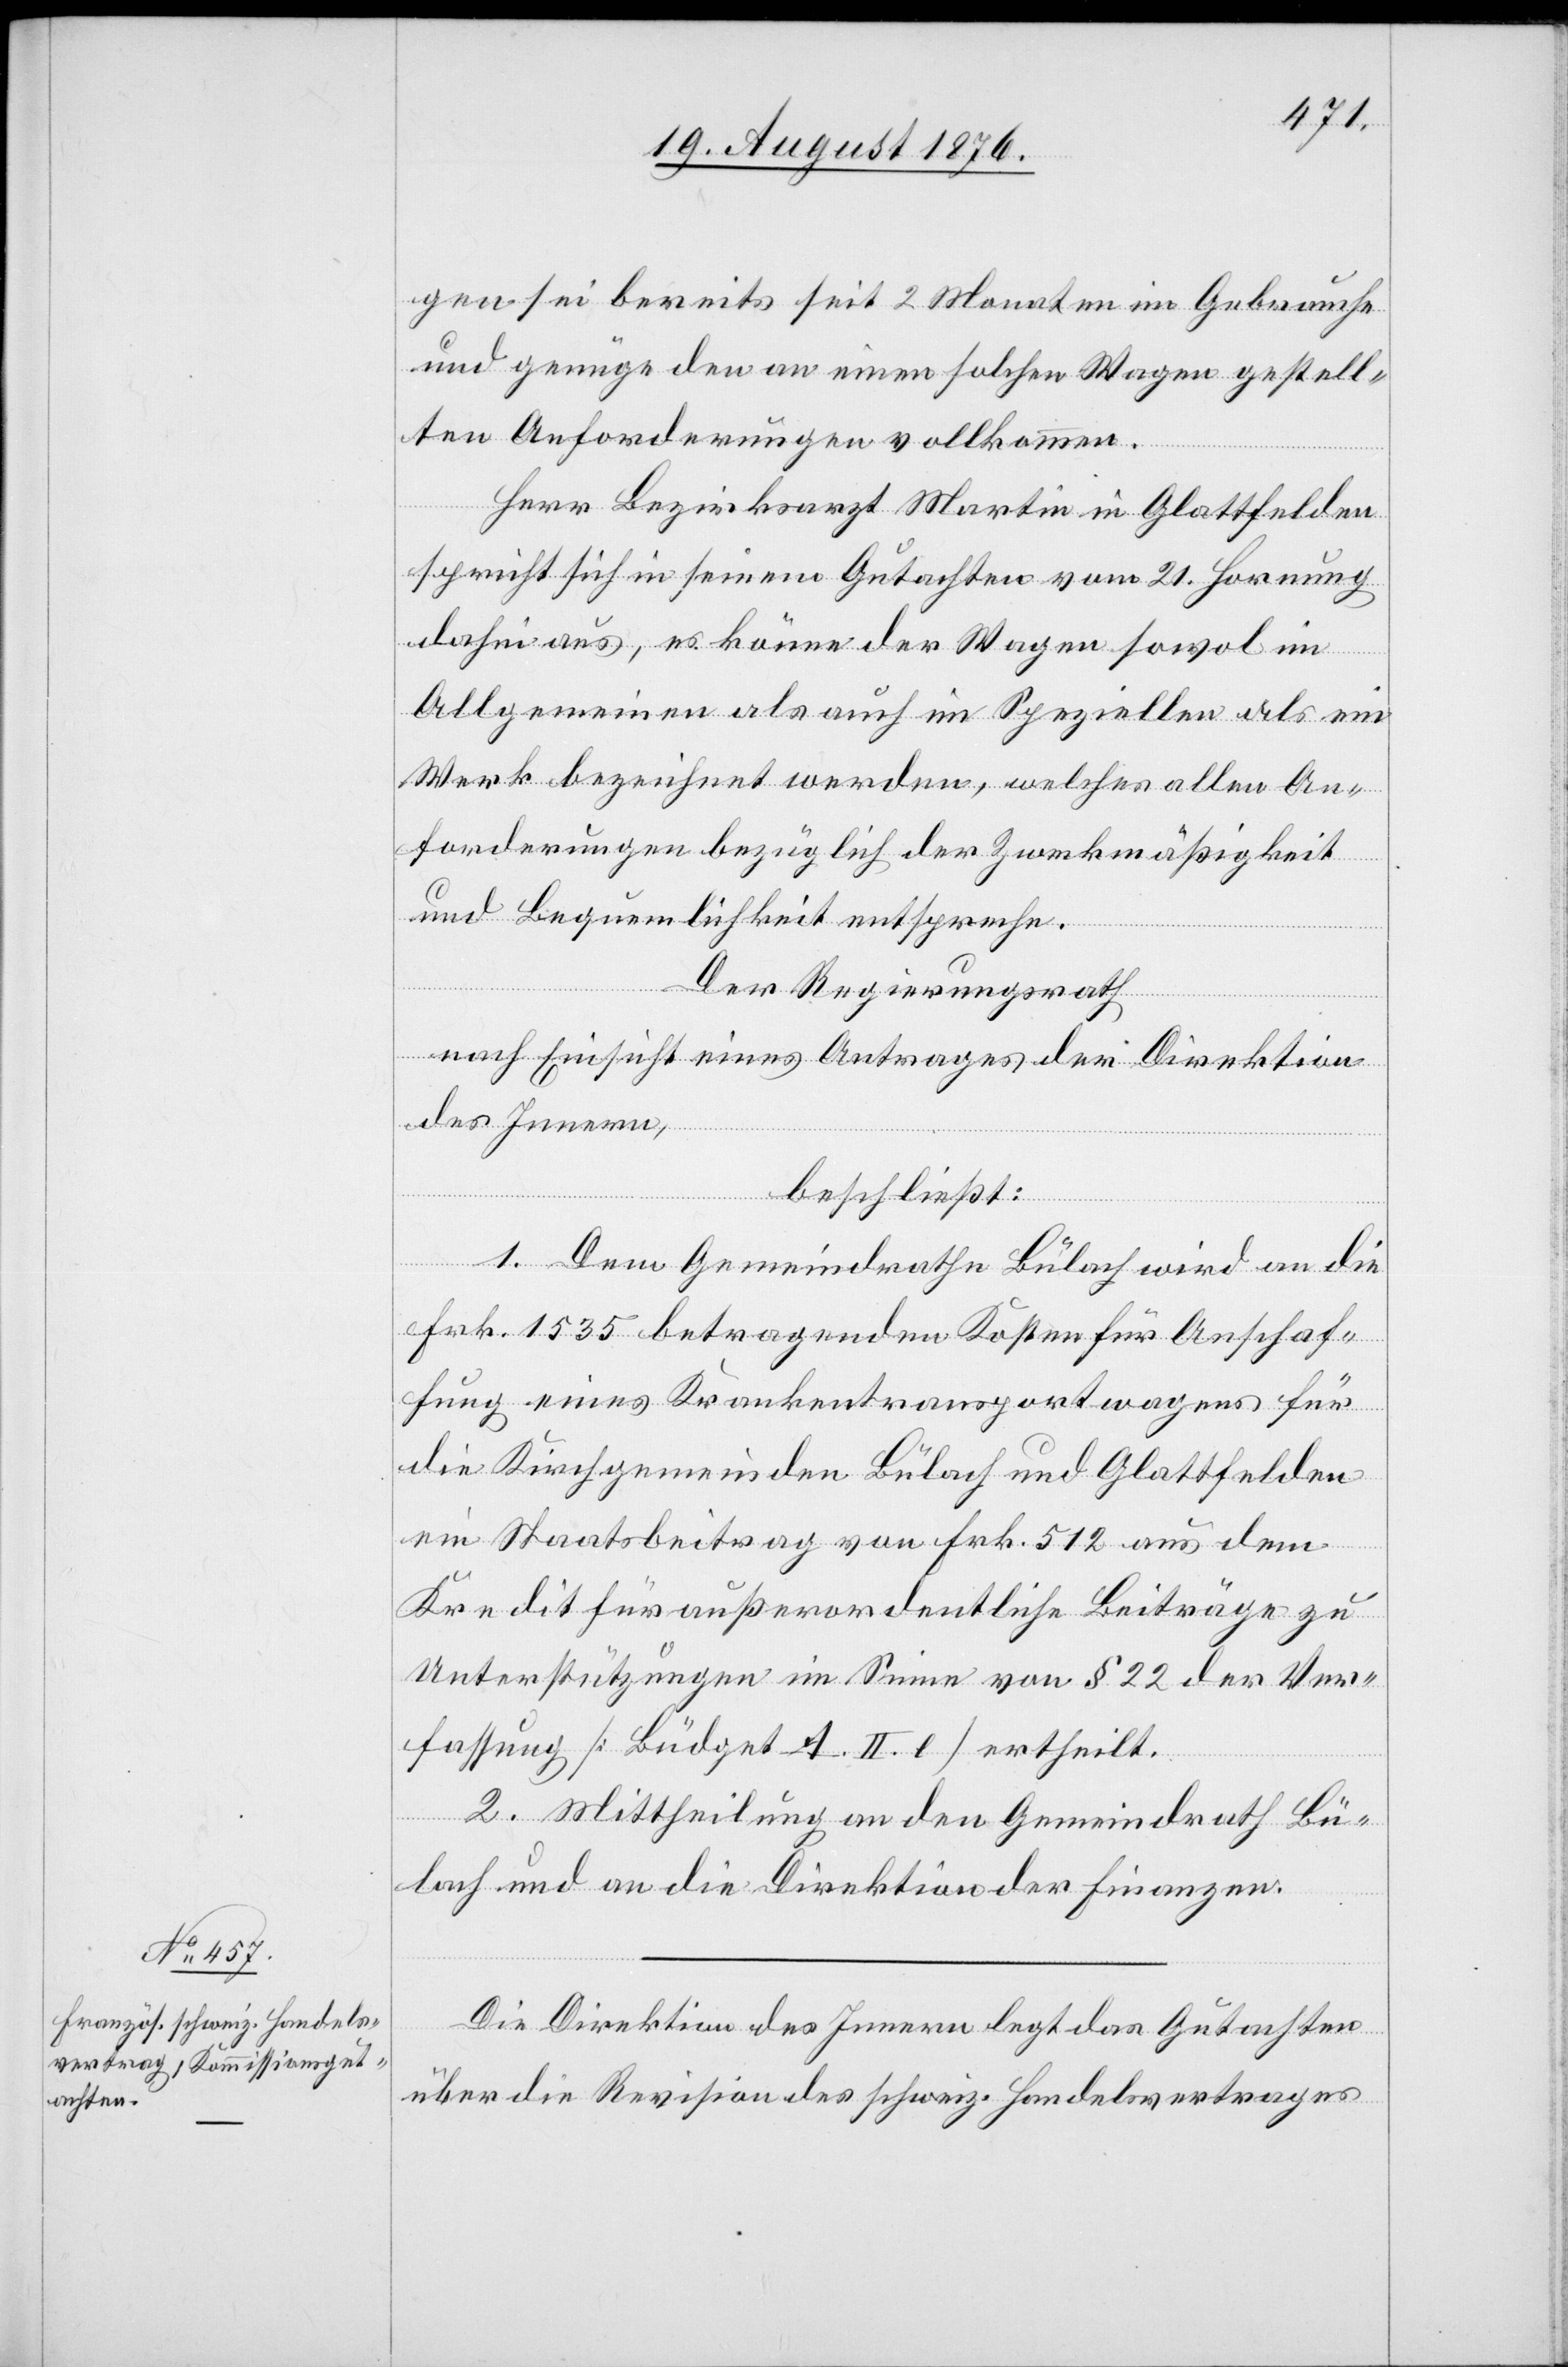
gen sei bereits seit 2 Monaten im Gebrauche
und genüge den an einen solchen Wagen gestell¬
ten Anforderungen vollkommen.
Herr Bezirksarzt Martin in Glattfelden
sprich sich in seinem Gutachten vom 21. Hornung
dahin aus, es könne der Wagen sowol im
Allgemeinen als auch im Speziellen als ein
Werk bezeichnet werden, welches allen An¬
forderungen bezüglich der Zweckmäßigkeit
und Bequemlichkeit entspreche.
Der Regierungsrath
nach Einsicht eines Antrages der Direktion
des Innern,
beschließt:
1. Dem Gemeindrathe Bülach wird an die
Frk. 1535 betragenden Kosten für Anschaf¬
fung eines Krankentransportwagens für
die Kirchgemeinden Bülach und Glattfelden
ein Staatsbeitrag von Frk. 512 aus dem
Kredit für außerordentliche Beiträge zu
Unterstützungen im Sinne von § 22 der Ver¬
fassung [Büdget A. II. e] ertheilt.
2. Mittheilung an den Gemeindrath Bü¬
lach und die Direktion der Finanzen.
Die Direktion des Innern legt das Gutachten
über die Revision des schweiz. Handelsvertrages